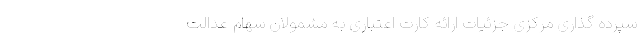
سپرده گذاری مرکزی جزئیات ارائه کارت اعتباری به مشمولان سهام عدالت